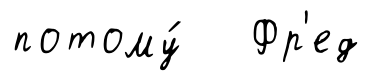
потому́ Фр'ед